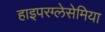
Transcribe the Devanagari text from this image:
हाइपरग्लेसेमिया